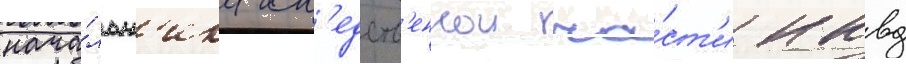
нача́льн'ика сл'едств'еннои ча́ст'и нквд